Indian journal of veterinary science and animal husbandry - Volume 2,
Year: 1932
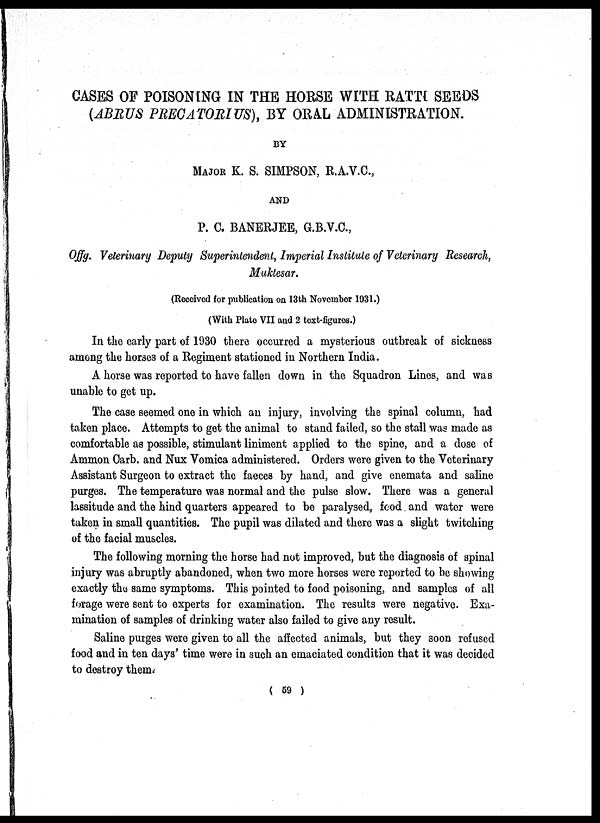
CASES OF POISONING IN THE HORSE WITH RATTI SEEDS
(ABRUS PRECATORIUS), BY ORAL ADMINISTRATION.
BY
MAJOR K. S. SIMPSON, R.A.V.C.,
AND
P. C. BANERJEE, G.B.V.C.,
Offg. Veterinary Deputy Superintendent, Imperial Institute of Veterinary Research,
Muktesar.
(Received for publication on 13th November 1931.)
(With Plate VII and 2 text-figures.)
In the early part of 1930 there occurred a mysterious outbreak of sickness
among the horses of a Regiment stationed in Northern India.
A horse was reported to have fallen down in the Squadron Lines, and was
unable to get up.
The case seemed one in which an injury, involving the spinal column, had
taken place. Attempts to get the animal to stand failed, so the stall was made as
comfortable as possible, stimulant liniment applied to the spine, and a dose of
Ammon Carb. and Nux Vomica administered. Orders were given to the Veterinary
Assistant Surgeon to extract the faeces by hand, and give enemata and saline
purges. The temperature was normal and the pulse slow. There was a general
lassitude and the hind quarters appeared to be paralysed, food and water were
taken in small quantities. The pupil was dilated and there was a slight twitching
of the facial muscles.
The following morning the horse had not improved, but the diagnosis of spinal
injury was abruptly abandoned, when two more horses were reported to be showing
exactly the same symptoms. This pointed to food poisoning, and samples of all
forage were sent to experts for examination. The results were negative. Exa-
mination of samples of drinking water also failed to give any result.
Saline purges were given to all the affected animals, but they soon refused
food and in ten days' time were in such an emaciated condition that it was decided
to destroy them.
( 59 )